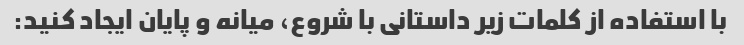
با استفاده از کلمات زیر داستانی با شروع، میانه و پایان ایجاد کنید: